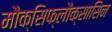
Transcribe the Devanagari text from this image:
मौक्सिफ्लौक्सासिन